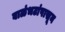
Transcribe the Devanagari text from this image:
बाळंभटांपासून